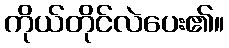
ကိုယ်တိုင်လဲပေး၏။